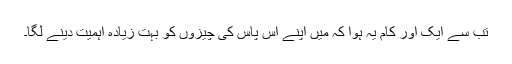
تب سے ایک اور کام یہ ہوا کہ میں اپنے آس پاس کی چیزوں کو بہت زیادہ اہمیت دینے لگا۔